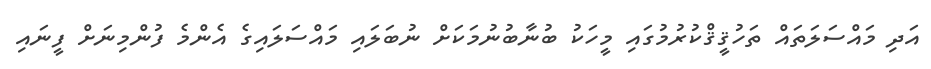
އަދި މައްސަލަތައް ތަހުޤީޤްކުރުމުގައި މީހަކު ބުނާބުނުމަކަށް ނުބަލައި މައްސަލައިގެ އެންމެ ފުންމިނަށް ފީނައި